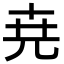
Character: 尭